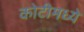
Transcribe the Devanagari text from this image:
कोटीमध्ये